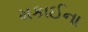
મકાઈના